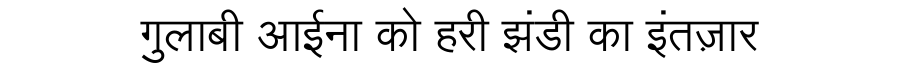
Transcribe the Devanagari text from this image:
गुलाबी आईना को हरी झंडी का इंतज़ार